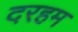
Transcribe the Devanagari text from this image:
दरहम